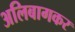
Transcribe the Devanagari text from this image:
अलिबागकर